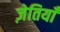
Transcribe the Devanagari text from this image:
ज़ेतियाँ